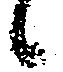
候